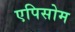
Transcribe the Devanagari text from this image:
एपिसोम